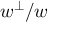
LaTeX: w ^ { \perp } / w